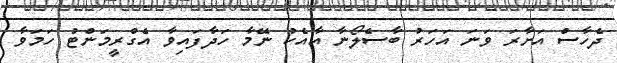
ދެހާސް އަށާރަ ވަނަ އަހަރު ބާސެލޯނާ އާއެކު ނޭމާ ހަދާފައިވާ އެގްރީމަންޓު ހަމަވާ